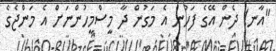
"އާނ! ދެން އޭގެ ފަހުން އެ މަގުން ދާ މީސްމީހުންނަށް އެ މަންޖެގެ